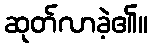
ဆုတ်လာခဲ့၏။